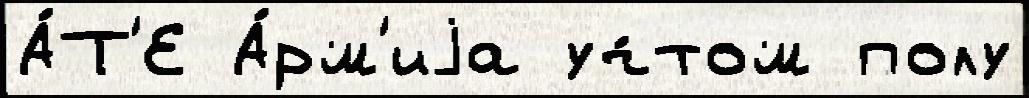
А́Т'Е А́рм'иjа уч́том полу